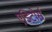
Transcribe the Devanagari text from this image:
एडिटोर्स